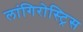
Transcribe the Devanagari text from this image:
लांगिरोस्ट्रिस